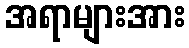
အရာများအား